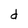
Character: d